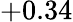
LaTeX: +0.34